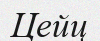
Цейц